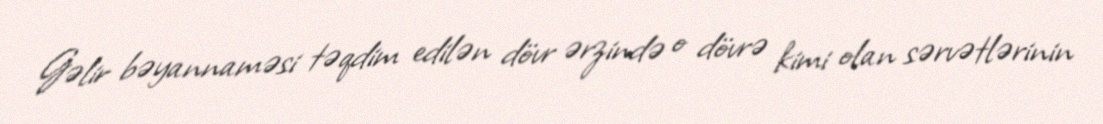
Gəlir bəyannaməsi təqdim edilən dövr ərzində o dövrə kimi olan sərvətlərinin